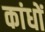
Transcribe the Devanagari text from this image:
कांधों